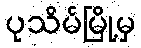
ပုသိမ်မြို့မှ